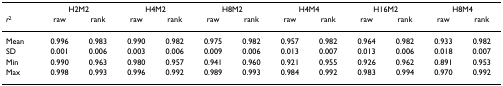
<table><thead><tr><td></td><td colspan="2"><b>H2M2</b></td><td colspan="2"><b>H4M2</b></td><td colspan="2"><b>H8M2</b></td><td colspan="2"><b>H4M4</b></td><td colspan="2"><b>H16M2</b></td><td colspan="2"><b>H8M4</b></td></tr><tr><td><b><i>r</i><sup>2</sup></b></td><td><b>raw</b></td><td><b>rank</b></td><td><b>raw</b></td><td><b>rank</b></td><td><b>raw</b></td><td><b>rank</b></td><td><b>raw</b></td><td><b>rank</b></td><td><b>raw</b></td><td><b>rank</b></td><td><b>raw</b></td><td><b>rank</b></td></tr></thead><tbody><tr><td>Mean</td><td>0.996</td><td>0.983</td><td>0.990</td><td>0.982</td><td>0.975</td><td>0.982</td><td>0.957</td><td>0.982</td><td>0.964</td><td>0.982</td><td>0.933</td><td>0.982</td></tr><tr><td>SD</td><td>0.001</td><td>0.006</td><td>0.003</td><td>0.006</td><td>0.009</td><td>0.006</td><td>0.013</td><td>0.007</td><td>0.013</td><td>0.006</td><td>0.018</td><td>0.007</td></tr><tr><td>Min</td><td>0.990</td><td>0.963</td><td>0.980</td><td>0.957</td><td>0.941</td><td>0.960</td><td>0.921</td><td>0.955</td><td>0.926</td><td>0.962</td><td>0.891</td><td>0.953</td></tr><tr><td>Max</td><td>0.998</td><td>0.993</td><td>0.996</td><td>0.992</td><td>0.989</td><td>0.993</td><td>0.984</td><td>0.992</td><td>0.983</td><td>0.994</td><td>0.970</td><td>0.992</td></tr></tbody></table>